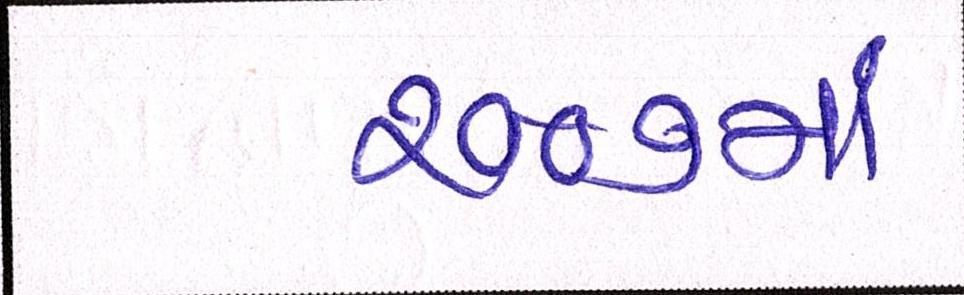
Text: ૨૦૦૭માં